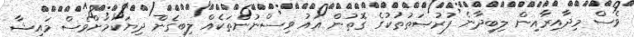
ވެސް މިދާއިރާއިން ލިބިދާނެ ފުރުޞަތުތަކުގެ ގޮތުން އައު ވިސްނުންތަކެއް ލިބިގެން ދިޔަކަމަށްވެސް މައިޝާ